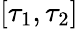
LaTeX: \left[\tau_{1},\tau_{2}\right]